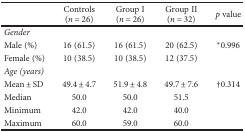
|  | Controls (n = 26) | Group I (n = 26) | Group II (n = 32) | p value |
 | --- | --- | --- | --- | --- |
 | <COLSPAN=5> Gender |
 | Male (%) | 16 (61.5) | 16 (61.5) | 20 (62.5) | ∗0.996 |
 | Female (%) | 10 (38.5) | 10 (38.5) | 12 (37.5) |  |
 | <COLSPAN=5> Age (years) |
 | Mean ± SD | 49.4 ± 4.7 | 51.9 ± 4.8 | 49.7 ± 7.6 | †0.314 |
 | Median | 50.0 | 50.0 | 51.5 |  |
 | Minimum | 42.0 | 42.0 | 40.0 |  |
 | Maximum | 60.0 | 59.0 | 60.0 |  |